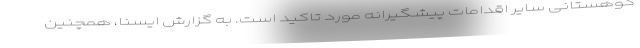
کوهستانی سایر اقدامات پیشگیرانه مورد تاکید است. به گزارش ایسنا، همچنین